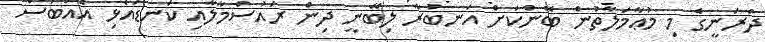
ދަރަނީގެ މި މުޢާމަލާތުން ބޭންކަށް އަނބުރާ ލިބޭނީ ދިން ރައުސްމާލާއި ކަނޑައެޅި އެއްބަސް